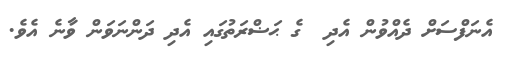
އެނަފްސަށް ދެއްވުން އެދި  ގެ ޙަޟްރަތުގައި އެދި ދަންނަވަން ވާނެ އެވެ.